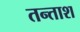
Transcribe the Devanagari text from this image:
तन्ताश